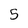
Character: 5